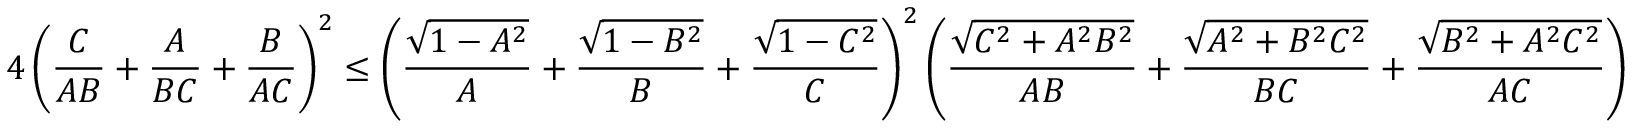
4 \left( \frac { C } { A B } + \frac { A } { B C } + \frac { B } { A C } \right) ^ { 2 } \leq \left( \frac { \sqrt { 1 - A ^ { 2 } } } { A } + \frac { \sqrt { 1 - B ^ { 2 } } } { B } + \frac { \sqrt { 1 - C ^ { 2 } } } { C } \right) ^ { 2 } \left( \frac { \sqrt { C ^ { 2 } + A ^ { 2 } B ^ { 2 } } } { A B } + \frac { \sqrt { A ^ { 2 } + B ^ { 2 } C ^ { 2 } } } { B C } + \frac { \sqrt { B ^ { 2 } + A ^ { 2 } C ^ { 2 } } } { A C } \right)